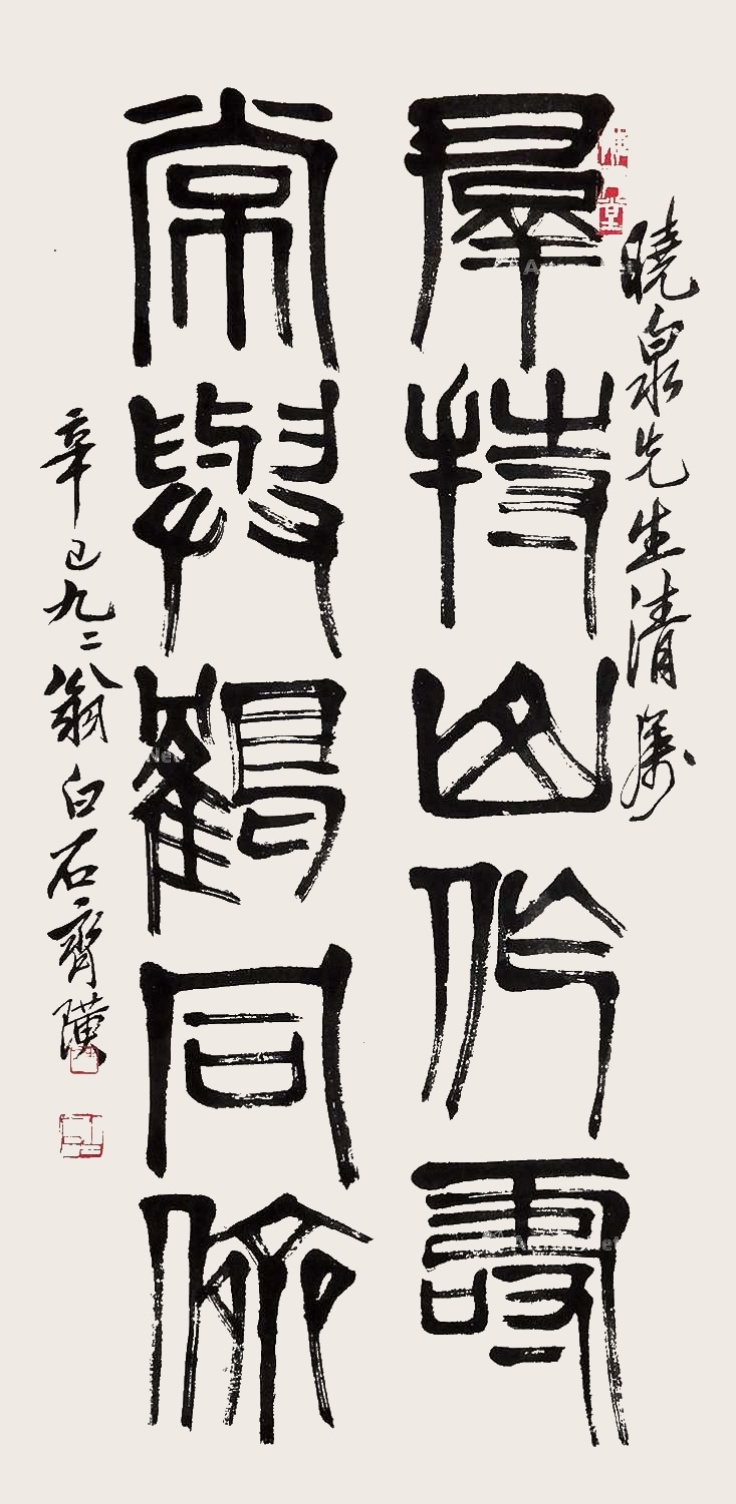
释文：群持山作寿，常与鹤同侪。晓泉先生清属，辛巳九二翁白石齐璜。